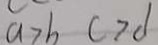
a > b c > d